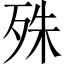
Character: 殊